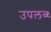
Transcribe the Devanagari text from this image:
उपलब्ध्‍